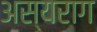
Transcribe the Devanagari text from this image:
अस्यराग